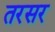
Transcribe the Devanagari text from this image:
तरसर